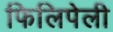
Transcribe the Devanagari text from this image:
फिलिपेली